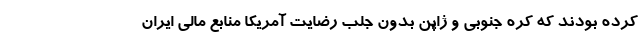
کرده بودند که کره جنوبی و ژاپن بدون جلب رضایت آمریکا منابع مالی ایران